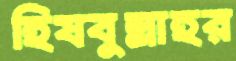
হিযবুল্লাহর